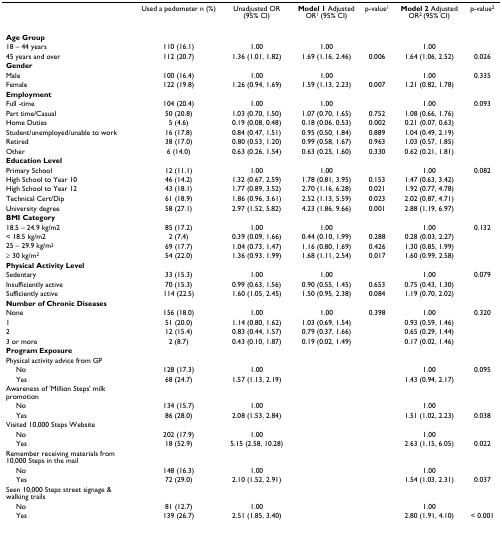
<table><thead><tr><td>[EMPTY_CELL]</td><td><b>Used a pedometer n (%)</b></td><td><b>Unadjusted OR (95% CI)</b></td><td><b>Model 1 Adjusted OR<sup>1 </sup>(95% CI)</b></td><td><b>p-value<sup>1</sup></b></td><td><b>Model 2 Adjusted OR<sup>2 </sup>(95% CI)</b></td><td><b>p-value<sup>2</sup></b></td></tr></thead><tbody><tr><td><b>Age Group</b></td><td>[EMPTY_CELL]</td><td>[EMPTY_CELL]</td><td>[EMPTY_CELL]</td><td>[EMPTY_CELL]</td><td>[EMPTY_CELL]</td><td>[EMPTY_CELL]</td></tr><tr><td>18 – 44 years</td><td>110 (16.1)</td><td>1.00</td><td>1.00</td><td>[EMPTY_CELL]</td><td>1.00</td><td>[EMPTY_CELL]</td></tr><tr><td>45 years and over</td><td>112 (20.7)</td><td>1.36 (1.01, 1.82)</td><td>1.69 (1.16, 2.46)</td><td>0.006</td><td>1.64 (1.06, 2.52)</td><td>0.026</td></tr><tr><td><b>Gender</b></td><td>[EMPTY_CELL]</td><td>[EMPTY_CELL]</td><td>[EMPTY_CELL]</td><td>[EMPTY_CELL]</td><td>[EMPTY_CELL]</td><td>[EMPTY_CELL]</td></tr><tr><td>Male</td><td>100 (16.4)</td><td>1.00</td><td>1.00</td><td>[EMPTY_CELL]</td><td>1.00</td><td>0.335</td></tr><tr><td>Female</td><td>122 (19.8)</td><td>1.26 (0.94, 1.69)</td><td>1.59 (1.13, 2.23)</td><td>0.007</td><td>1.21 (0.82, 1.78)</td><td>[EMPTY_CELL]</td></tr><tr><td><b>Employment</b></td><td>[EMPTY_CELL]</td><td>[EMPTY_CELL]</td><td>[EMPTY_CELL]</td><td>[EMPTY_CELL]</td><td>[EMPTY_CELL]</td><td>[EMPTY_CELL]</td></tr><tr><td>Full -time</td><td>104 (20.4)</td><td>1.00</td><td>1.00</td><td>[EMPTY_CELL]</td><td>1.00</td><td>0.093</td></tr><tr><td>Part time/Casual</td><td>50 (20.8)</td><td>1.03 (0.70, 1.50)</td><td>1.07 (0.70, 1.65)</td><td>0.752</td><td>1.08 (0.66, 1.76)</td><td>[EMPTY_CELL]</td></tr><tr><td>Home Duties</td><td>5 (4.6)</td><td>0.19 (0.08, 0.48)</td><td>0.18 (0.06, 0.53)</td><td>0.002</td><td>0.21 (0.07, 0.63)</td><td>[EMPTY_CELL]</td></tr><tr><td>Student/unemployed/unable to work</td><td>16 (17.8)</td><td>0.84 (0.47, 1.51)</td><td>0.95 (0.50, 1.84)</td><td>0.889</td><td>1.04 (0.49, 2.19)</td><td>[EMPTY_CELL]</td></tr><tr><td>Retired</td><td>38 (17.0)</td><td>0.80 (0.53, 1.20)</td><td>0.99 (0.58, 1.67)</td><td>0.963</td><td>1.03 (0.57, 1.85)</td><td>[EMPTY_CELL]</td></tr><tr><td>Other</td><td>6 (14.0)</td><td>0.63 (0.26, 1.54)</td><td>0.63 (0.25, 1.60)</td><td>0.330</td><td>0.62 (0.21, 1.81)</td><td>[EMPTY_CELL]</td></tr><tr><td><b>Education Level</b></td><td>[EMPTY_CELL]</td><td>[EMPTY_CELL]</td><td>[EMPTY_CELL]</td><td>[EMPTY_CELL]</td><td>[EMPTY_CELL]</td><td>[EMPTY_CELL]</td></tr><tr><td>Primary School</td><td>12 (11.1)</td><td>1.00</td><td>1.00</td><td>[EMPTY_CELL]</td><td>1.00</td><td>0.082</td></tr><tr><td>High School to Year 10</td><td>46 (14.2)</td><td>1.32 (0.67, 2.59)</td><td>1.78 (0.81, 3.95)</td><td>0.153</td><td>1.47 (0.63, 3.42)</td><td>[EMPTY_CELL]</td></tr><tr><td>High School to Year 12</td><td>43 (18.1)</td><td>1.77 (0.89, 3.52)</td><td>2.70 (1.16, 6.28)</td><td>0.021</td><td>1.92 (0.77, 4.78)</td><td>[EMPTY_CELL]</td></tr><tr><td>Technical Cert/Dip</td><td>61 (18.9)</td><td>1.86 (0.96, 3.61)</td><td>2.52 (1.13, 5.59)</td><td>0.023</td><td>2.02 (0.87, 4.71)</td><td>[EMPTY_CELL]</td></tr><tr><td>University degree</td><td>58 (27.1)</td><td>2.97 (1.52, 5.82)</td><td>4.23 (1.86, 9.66)</td><td>0.001</td><td>2.88 (1.19, 6.97)</td><td>[EMPTY_CELL]</td></tr><tr><td><b>BMI Category</b></td><td>[EMPTY_CELL]</td><td>[EMPTY_CELL]</td><td>[EMPTY_CELL]</td><td>[EMPTY_CELL]</td><td>[EMPTY_CELL]</td><td>[EMPTY_CELL]</td></tr><tr><td>18.5 – 24.9 kg/m2</td><td>85 (17.2)</td><td>1.00</td><td>1.00</td><td>[EMPTY_CELL]</td><td>1.00</td><td>0.132</td></tr><tr><td>&lt; 18.5 kg/m2</td><td>2 (7.4)</td><td>0.39 (0.09, 1.66)</td><td>0.44 (0.10, 1.99)</td><td>0.288</td><td>0.28 (0.03, 2.27)</td><td>[EMPTY_CELL]</td></tr><tr><td>25 – 29.9 kg/m<sup>2</sup></td><td>69 (17.7)</td><td>1.04 (0.73, 1.47)</td><td>1.16 (0.80, 1.69)</td><td>0.426</td><td>1.30 (0.85, 1.99)</td><td>[EMPTY_CELL]</td></tr><tr><td>≥ 30 kg/m<sup>2</sup></td><td>54 (22.0)</td><td>1.36 (0.93, 1.99)</td><td>1.68 (1.11, 2.54)</td><td>0.017</td><td>1.60 (0.99, 2.58)</td><td>[EMPTY_CELL]</td></tr><tr><td><b>Physical Activity Level</b></td><td>[EMPTY_CELL]</td><td>[EMPTY_CELL]</td><td>[EMPTY_CELL]</td><td>[EMPTY_CELL]</td><td>[EMPTY_CELL]</td><td>[EMPTY_CELL]</td></tr><tr><td>Sedentary</td><td>33 (15.3)</td><td>1.00</td><td>1.00</td><td>[EMPTY_CELL]</td><td>1.00</td><td>0.079</td></tr><tr><td>Insufficiently active</td><td>70 (15.3)</td><td>0.99 (0.63, 1.56)</td><td>0.90 (0.55, 1.45)</td><td>0.653</td><td>0.75 (0.43, 1.30)</td><td>[EMPTY_CELL]</td></tr><tr><td>Sufficiently active</td><td>114 (22.5)</td><td>1.60 (1.05, 2.45)</td><td>1.50 (0.95, 2.38)</td><td>0.084</td><td>1.19 (0.70, 2.02)</td><td>[EMPTY_CELL]</td></tr><tr><td><b>Number of Chronic Diseases</b></td><td>[EMPTY_CELL]</td><td>[EMPTY_CELL]</td><td>[EMPTY_CELL]</td><td>[EMPTY_CELL]</td><td>[EMPTY_CELL]</td><td>[EMPTY_CELL]</td></tr><tr><td>None</td><td>156 (18.0)</td><td>1.00</td><td>1.00</td><td>0.398</td><td>1.00</td><td>0.320</td></tr><tr><td>1</td><td>51 (20.0)</td><td>1.14 (0.80, 1.62)</td><td>1.03 (0.69, 1.54)</td><td>[EMPTY_CELL]</td><td>0.93 (0.59, 1.46)</td><td>[EMPTY_CELL]</td></tr><tr><td>2</td><td>12 (15.4)</td><td>0.83 (0.44, 1.57)</td><td>0.79 (0.37, 1.66)</td><td>[EMPTY_CELL]</td><td>0.65 (0.29, 1.44)</td><td>[EMPTY_CELL]</td></tr><tr><td>3 or more</td><td>2 (8.7)</td><td>0.43 (0.10, 1.87)</td><td>0.19 (0.02, 1.49)</td><td>[EMPTY_CELL]</td><td>0.17 (0.02, 1.46)</td><td>[EMPTY_CELL]</td></tr><tr><td><b>Program Exposure</b></td><td>[EMPTY_CELL]</td><td>[EMPTY_CELL]</td><td>[EMPTY_CELL]</td><td>[EMPTY_CELL]</td><td>[EMPTY_CELL]</td><td>[EMPTY_CELL]</td></tr><tr><td>Physical activity advice from GP</td><td>[EMPTY_CELL]</td><td>[EMPTY_CELL]</td><td>[EMPTY_CELL]</td><td>[EMPTY_CELL]</td><td>[EMPTY_CELL]</td><td>[EMPTY_CELL]</td></tr><tr><td> No</td><td>128 (17.3)</td><td>1.00</td><td>[EMPTY_CELL]</td><td>[EMPTY_CELL]</td><td>1.00</td><td>0.095</td></tr><tr><td> Yes</td><td>68 (24.7)</td><td>1.57 (1.13, 2.19)</td><td>[EMPTY_CELL]</td><td>[EMPTY_CELL]</td><td>1.43 (0.94, 2.17)</td><td>[EMPTY_CELL]</td></tr><tr><td>Awareness of 'Million Steps' milk promotion</td><td>[EMPTY_CELL]</td><td>[EMPTY_CELL]</td><td>[EMPTY_CELL]</td><td>[EMPTY_CELL]</td><td>[EMPTY_CELL]</td><td>[EMPTY_CELL]</td></tr><tr><td> No</td><td>134 (15.7)</td><td>1.00</td><td>[EMPTY_CELL]</td><td>[EMPTY_CELL]</td><td>1.00</td><td>[EMPTY_CELL]</td></tr><tr><td> Yes</td><td>86 (28.0)</td><td>2.08 (1.53, 2.84)</td><td>[EMPTY_CELL]</td><td>[EMPTY_CELL]</td><td>1.51 (1.02, 2.23)</td><td>0.038</td></tr><tr><td>Visited 10,000 Steps Website</td><td>[EMPTY_CELL]</td><td>[EMPTY_CELL]</td><td>[EMPTY_CELL]</td><td>[EMPTY_CELL]</td><td>[EMPTY_CELL]</td><td>[EMPTY_CELL]</td></tr><tr><td> No</td><td>202 (17.9)</td><td>1.00</td><td>[EMPTY_CELL]</td><td>[EMPTY_CELL]</td><td>1.00</td><td>[EMPTY_CELL]</td></tr><tr><td> Yes</td><td>18 (52.9)</td><td>5.15 (2.58, 10.28)</td><td>[EMPTY_CELL]</td><td>[EMPTY_CELL]</td><td>2.63 (1.15, 6.05)</td><td>0.022</td></tr><tr><td>Remember receiving materials from 10,000 Steps in the mail</td><td>[EMPTY_CELL]</td><td>[EMPTY_CELL]</td><td>[EMPTY_CELL]</td><td>[EMPTY_CELL]</td><td>[EMPTY_CELL]</td><td>[EMPTY_CELL]</td></tr><tr><td> No</td><td>148 (16.3)</td><td>1.00</td><td>[EMPTY_CELL]</td><td>[EMPTY_CELL]</td><td>1.00</td><td>[EMPTY_CELL]</td></tr><tr><td> Yes</td><td>72 (29.0)</td><td>2.10 (1.52, 2.91)</td><td>[EMPTY_CELL]</td><td>[EMPTY_CELL]</td><td>1.54 (1.03, 2.31)</td><td>0.037</td></tr><tr><td>Seen 10,000 Steps street signage &amp; walking trails</td><td>[EMPTY_CELL]</td><td>[EMPTY_CELL]</td><td>[EMPTY_CELL]</td><td>[EMPTY_CELL]</td><td>[EMPTY_CELL]</td><td>[EMPTY_CELL]</td></tr><tr><td> No</td><td>81 (12.7)</td><td>1.00</td><td>[EMPTY_CELL]</td><td>[EMPTY_CELL]</td><td>1.00</td><td>[EMPTY_CELL]</td></tr><tr><td> Yes</td><td>139 (26.7)</td><td>2.51 (1.85, 3.40)</td><td>[EMPTY_CELL]</td><td>[EMPTY_CELL]</td><td>2.80 (1.91, 4.10)</td><td>&lt; 0.001</td></tr></tbody></table>